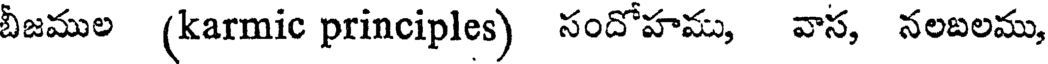
బీజముల (karmic principles) సందోహము, వాస, నలబలము,